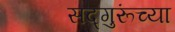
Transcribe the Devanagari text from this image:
सद्‍गुरूंच्या